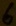
Text: 6